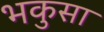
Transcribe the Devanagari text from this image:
भकुसा